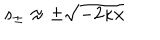
LaTeX: s _ { \pm } \approx \pm \sqrt { - 2 \kappa x }